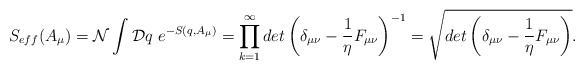
\begin{align*}S_{eff}(A_{\mu})={\cal N} \int {\cal D}q ~ e^{ - S(q,A_{\mu}) } =\prod_{k=1}^{\infty} det \left ( \delta_{\mu\nu}-\frac{1}{\eta} F_{\mu\nu}\right )^{-1} = \sqrt{ det \left ( \delta_{\mu\nu}-\frac{1}{\eta} F_{\mu\nu}\right ) }.\end{align*}